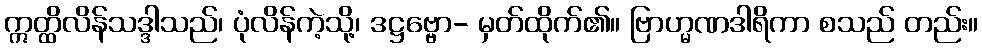
ဣတ္ထိလိန်သဒ္ဒါသည်၊ ပုံလိန်ကဲ့သို့၊ ဒဋ္ဌဗ္ဗော- မှတ်ထိုက်၏။ ဗြာဟ္မဏဒါရိကာ စသည် တည်း။